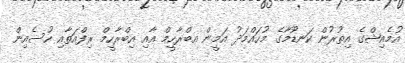
އުމެއިޝްގެ އިތުރުން ކަނޑޫމާގެ މުހައްމަދު އަމީން އބްރާހީމް އާއި އިބްރާހީމް ރިފްއަތާއި ހުސެއިން